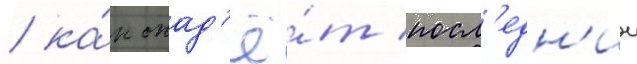
/ ка́к опад'ё́т посл'едн'ии